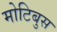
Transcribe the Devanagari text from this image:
मोटिबुस